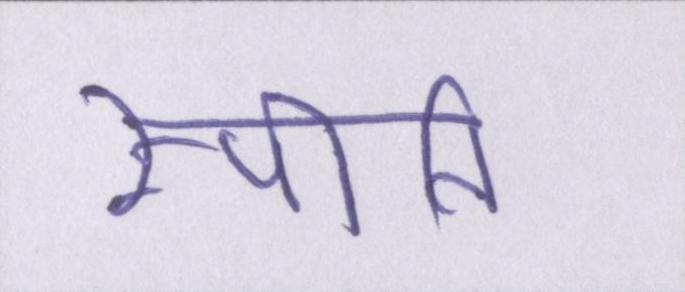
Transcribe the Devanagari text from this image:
स्पीति